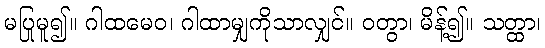
မပြုမူ၍။ ဂါထမေဝ၊ ဂါထာမျှကိုသာလျှင်။ ဝတွာ၊ မိန့်၍။ သတ္ထာ၊